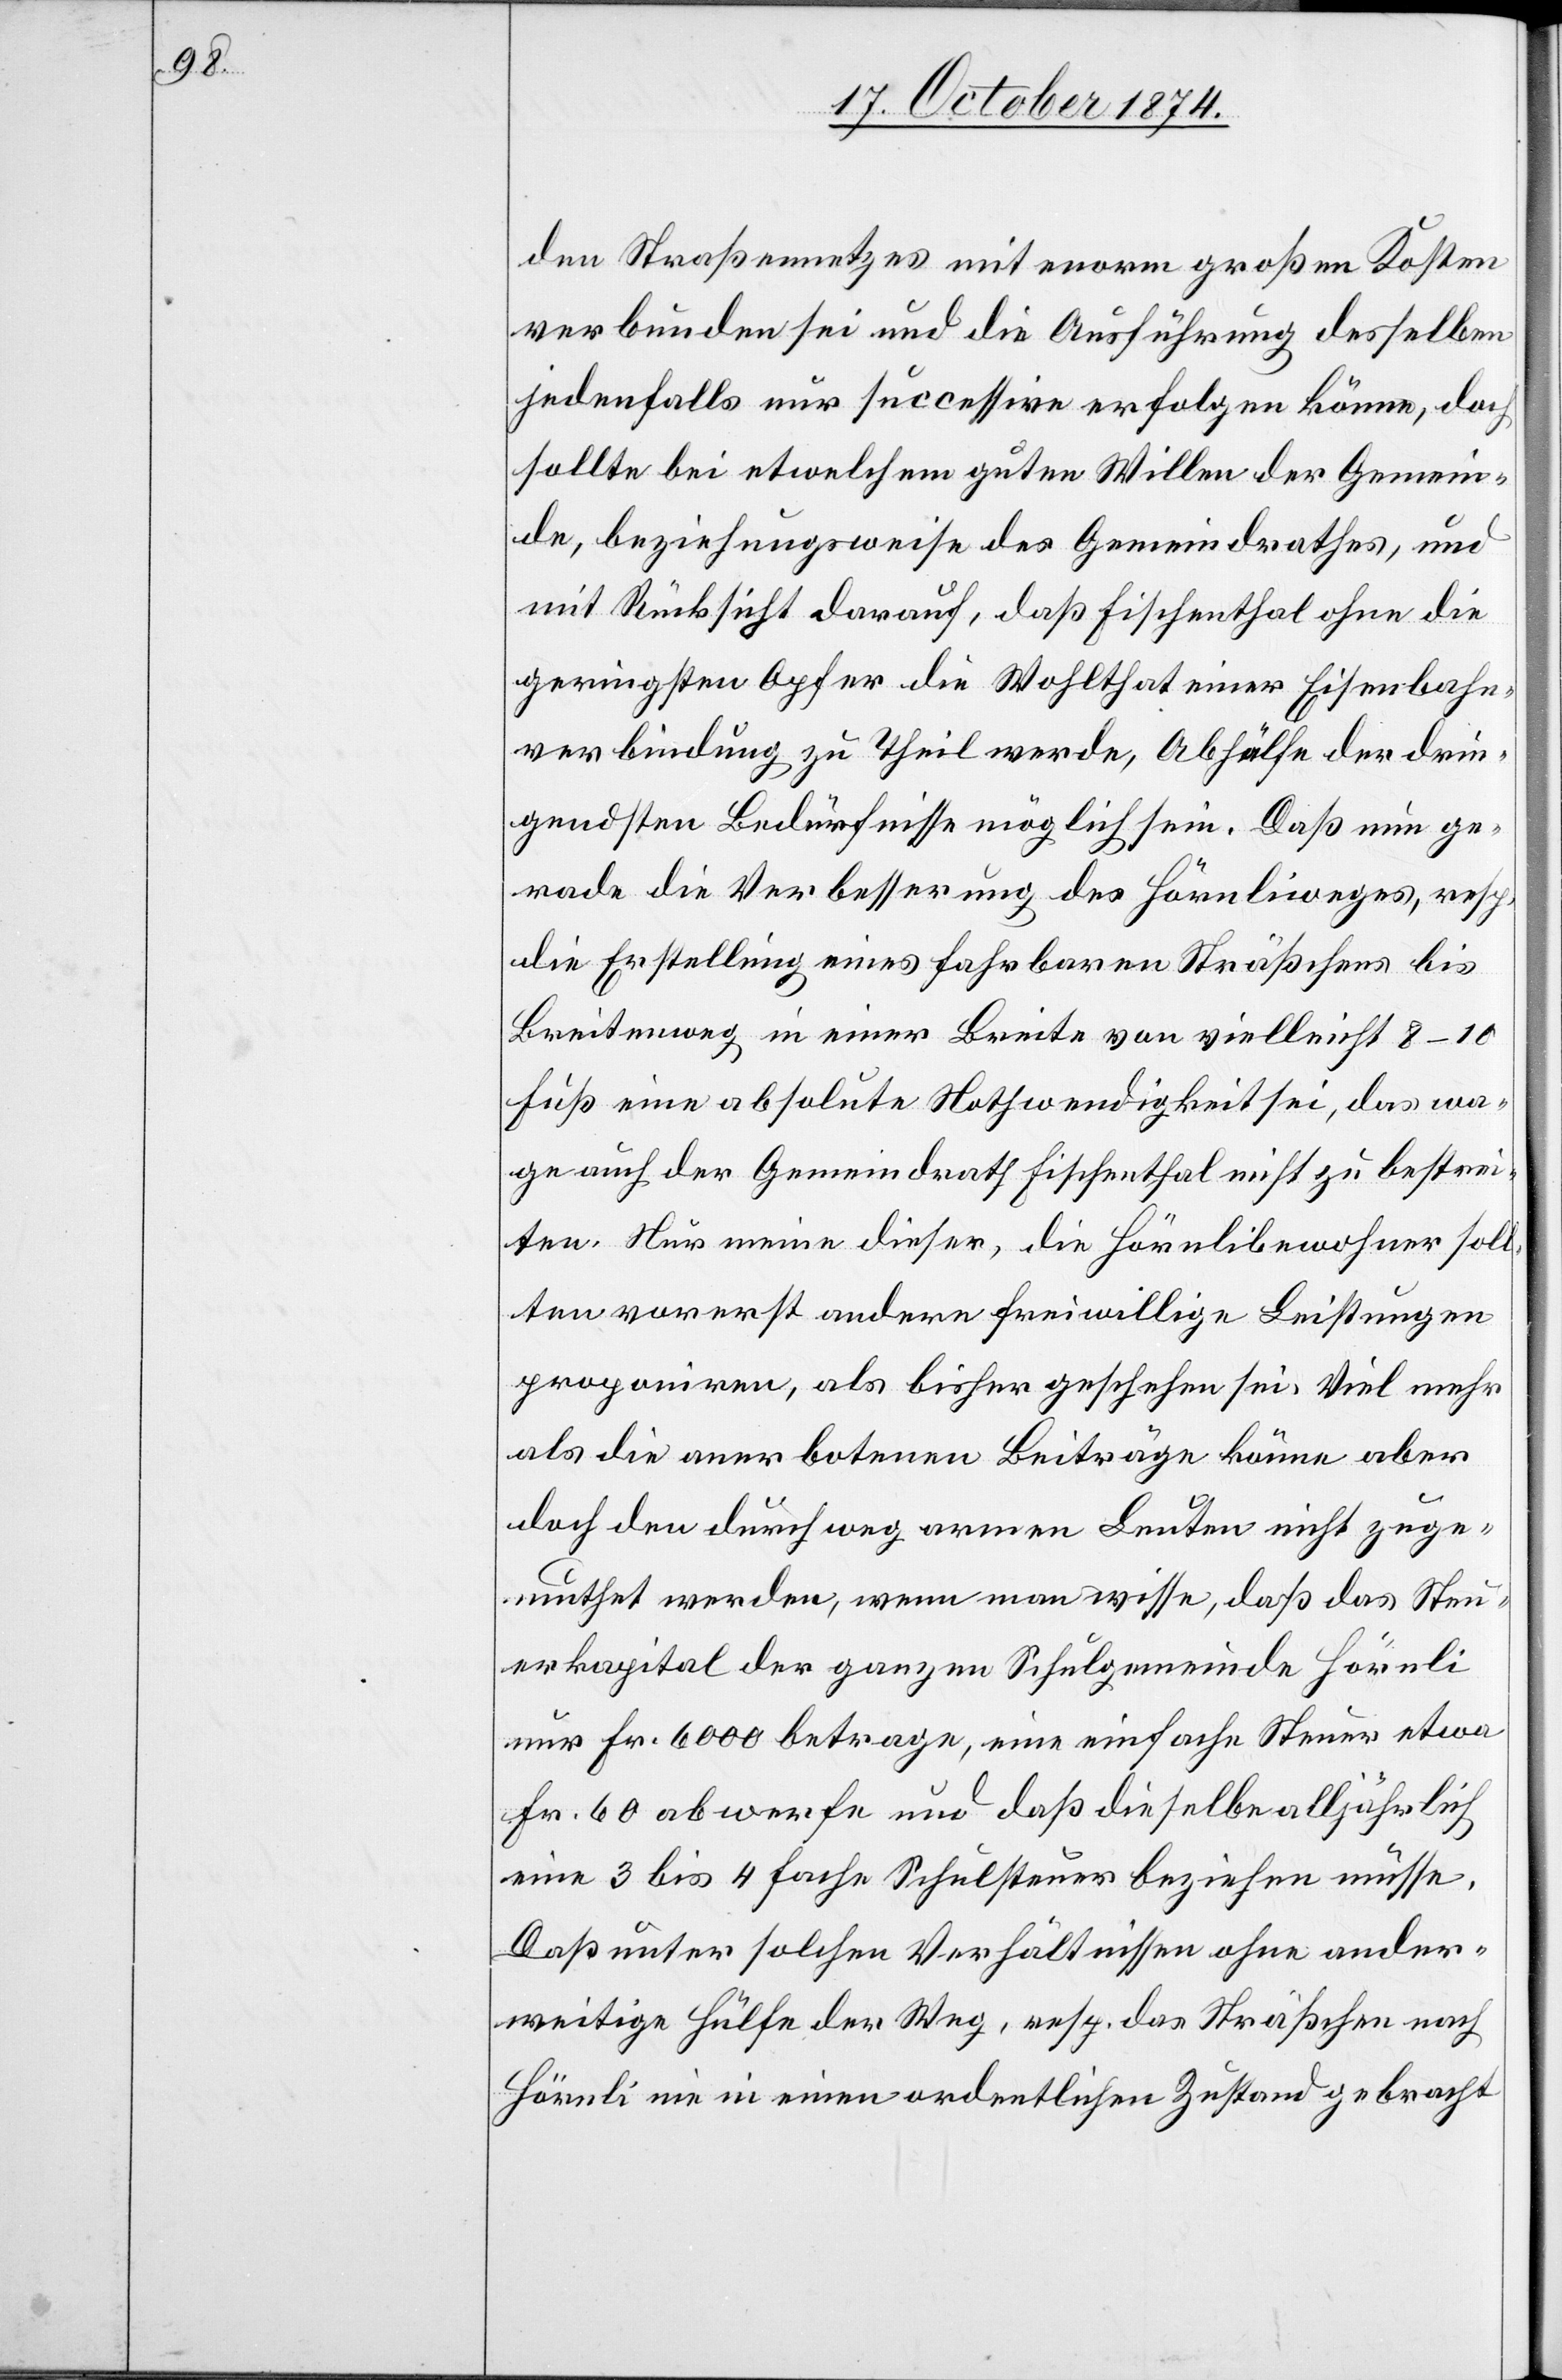
den Straßennetzes mit enorm großen Kosten
verbunden sei und die Ausführung desselben
jedenfalls nur successive erfolgen könne, doch
sollte bei etwelchem guten Willen der Gemein¬
de, beziehungsweise des Gemeindrathes, und
mit Rücksicht darauf, daß Fischenthal ohne die
geringsten Opfer die Wohlthat einer Eisenbahn¬
verbindung zu Theil werde, Abhülfe der drin¬
gendsten Bedürfnisse möglich sein. Daß nun ge¬
rade die Verbesserung des Hörnliweges, resp.
die Erstellung eines fahrbaren Sträßchens bis
Breitenweg in einer Breite von vielleicht 8–10
Fuß eine absolute Nothwendigkeit sei, das wa¬
ge auch der Gemeindrath Fischenthal nicht zu bestrei¬
ten. Nur meine dieser, die Hörnlibewohner soll¬
ten vorerst andere freiwillige Leistungen
proponiren, als bisher geschehen sei. Viel mehr
als die anerbotenen Beiträge könne aber
doch den durchweg armen Leuten nicht zuge¬
muthet werden, wenn man wisse, daß das Steu¬
erkapital der ganzen Schulgemeinde Hörnli
nur Fr. 6000 betrage, eine einfache Steuer etwa
Fr. 60 abwerfe und daß dieselbe alljährlich
eine 3 bis 4 fache Schulsteuer bezeichnen müsse.
Daß unter solchen Verhältnissen ohne ander¬
weitige Hülfe der Weg, resp. das Sträßchen nach
Hörnli nie in einen ordentlichen Zustand gebracht